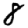
Digit: 8